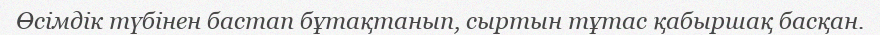
Өсімдік түбінен бастап бұтақтанып, сыртын тұтас қабыршақ басқан.